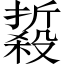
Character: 𱥘